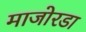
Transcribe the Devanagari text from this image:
माजोरडा